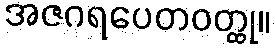
အဇဂရပေတဝတ္ထု။